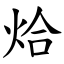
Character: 烚